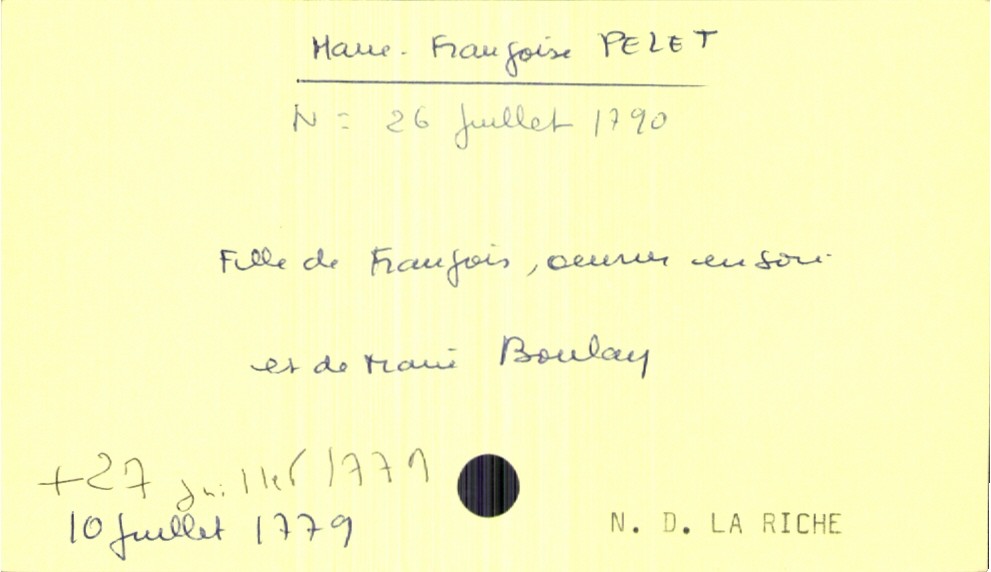
type_acte: Baptême
observations: un enfant mort né le 26 juillet 1790
filiation: fille
enfant_prénom: Marie-Françoise
enfant_date_de_naissance: 26 juillet 1790
enfant_lieu_de_naissance: Notre Dame la Riche
enfant_date_de_décès: 26 juillet 1790
enfant_lieu_de_décès: Notre Dame la Riche
père_enfant_nom: Pelet
père_enfant_prénom: François
père_enfant_profession: ouvrier en soie
mère_enfant_nom: Boulay
mère_enfant_prénom: Marie